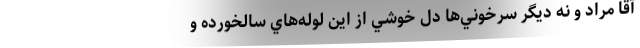
آقا مراد و نه ديگر سرخوني‌ها دل‌ خوشي از اين لوله‌هاي سالخورده و